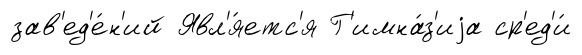
зав'ед'е́н'ий Явл'я́етс'я Г'имна́з'иjа ср'ед'и́